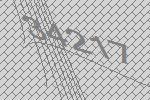
34217